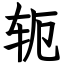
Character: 轭